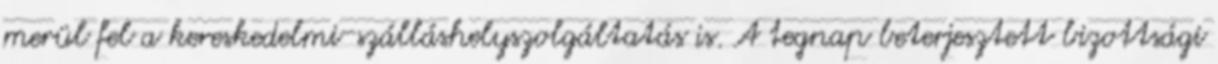
merül fel a kereskedelmi-szálláshelyszolgáltatás is. A tegnap beterjesztett bizottsági